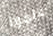
علموا